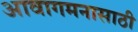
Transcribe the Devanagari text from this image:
आवागमनासाठी